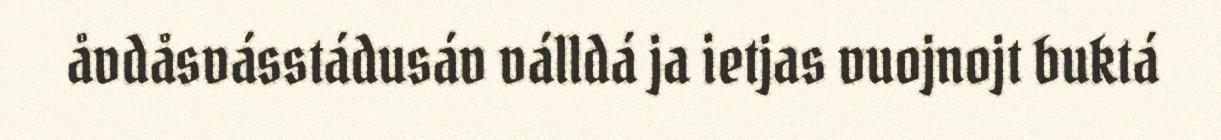
åvdåsvásstádusáv válldá ja ietjas vuojnojt buktá